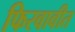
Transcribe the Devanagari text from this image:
फिरवावीत